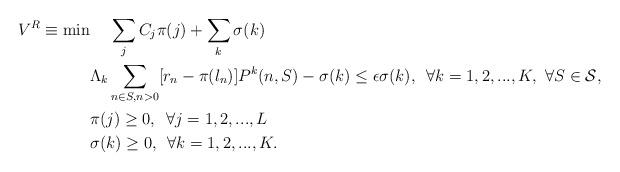
LaTeX: \begin{align*} V^R\equiv \min &\,\,\,\,\,\,\, \sum_j C_j\pi(j)+\sum_k \sigma(k) \\ & \Lambda_k \sum_{n \in S, n>0} [r_n - \pi(l_n)] P^k(n,S) - \sigma(k) \leq \epsilon \sigma(k), \,\,\,\forall k = 1,2,...,K, \ \forall S \in \cal{S},\\ &\pi(j) \geq 0, \,\,\, \forall j=1,2,...,L\\ & \sigma(k) \geq 0, \,\,\, \forall k =1,2,...,K. \end{align*}